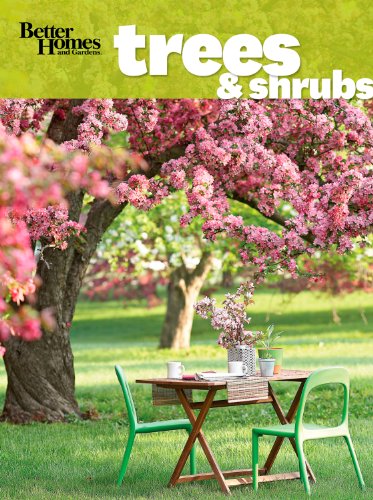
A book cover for Better Homes and Gardens Trees & Shrubs (Better Homes and Gardens Gardening); Better Homes and Gardens; Crafts, Hobbies & Home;